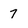
Character: 7